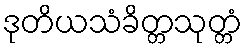
ဒုတိယသံခိတ္တသုတ္တံ